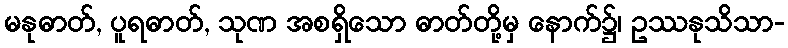
မနုဓာတ်, ပူရဓာတ်, သုဏ အစရှိသော ဓာတ်တို့မှ နောက်၌၊ ဥဿနုသိသာ-